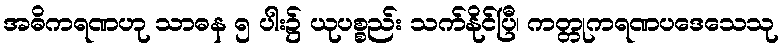
အဓိကရဏဟု သာဓန ၅ ပါး၌ ယုပစ္စည်း သက်နိုင်ပြီ၊ ကတ္တုကရဏပဒေသေသု